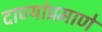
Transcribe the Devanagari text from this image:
दाण्यांप्रमाणे